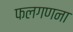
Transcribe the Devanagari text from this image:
फलगणना